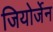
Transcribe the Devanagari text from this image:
जियोर्जेन